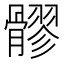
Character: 髎